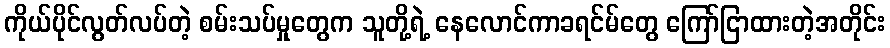
ကိုယ်ပိုင်လွတ်လပ်တဲ့ စမ်းသပ်မှုတွေက သူတို့ရဲ့ နေလောင်ကာခရင်မ်တွေ ကြော်ငြာထားတဲ့အတိုင်း